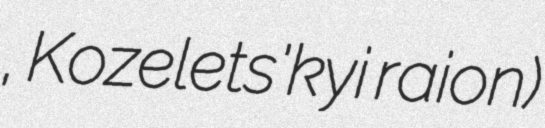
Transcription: район, Kozelets'kyi raion)